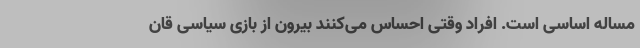
مساله اساسی است. افراد وقتی احساس می‌کنند بیرون از بازی سیاسی قان